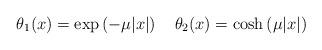
LaTeX: \begin{align*} \theta_1(x)=\exp\left(-\mu|x|\right) \quad\theta_2(x)=\cosh\left(\mu|x|\right)\end{align*}